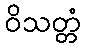
ဝိသတ္တံ